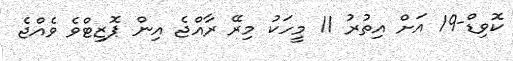
ކޮވިޑް-19 އަށް އިތުރު 11 މީހަކު މިރޭ ރާއްޖެެ އިން ޕޮޒިޓްވެ ވެއްޖެ